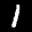
Label: 1